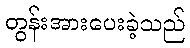
တွန်းအားပေးခဲ့သည်